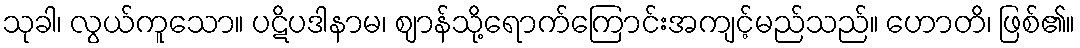
သုခါ၊ လွယ်ကူသော။ ပဋိပဒါနာမ၊ ဈာန်သို့ရောက်ကြောင်းအကျင့်မည်သည်။ ဟောတိ၊ ဖြစ်၏။